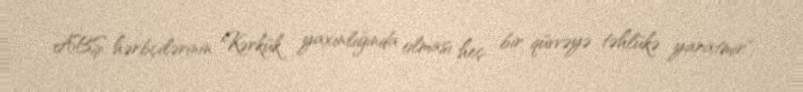
ABŞ hərbçilərinin Kərkük yaxınlığında olması heç bir qüvvəyə təhlükə yaratmır",